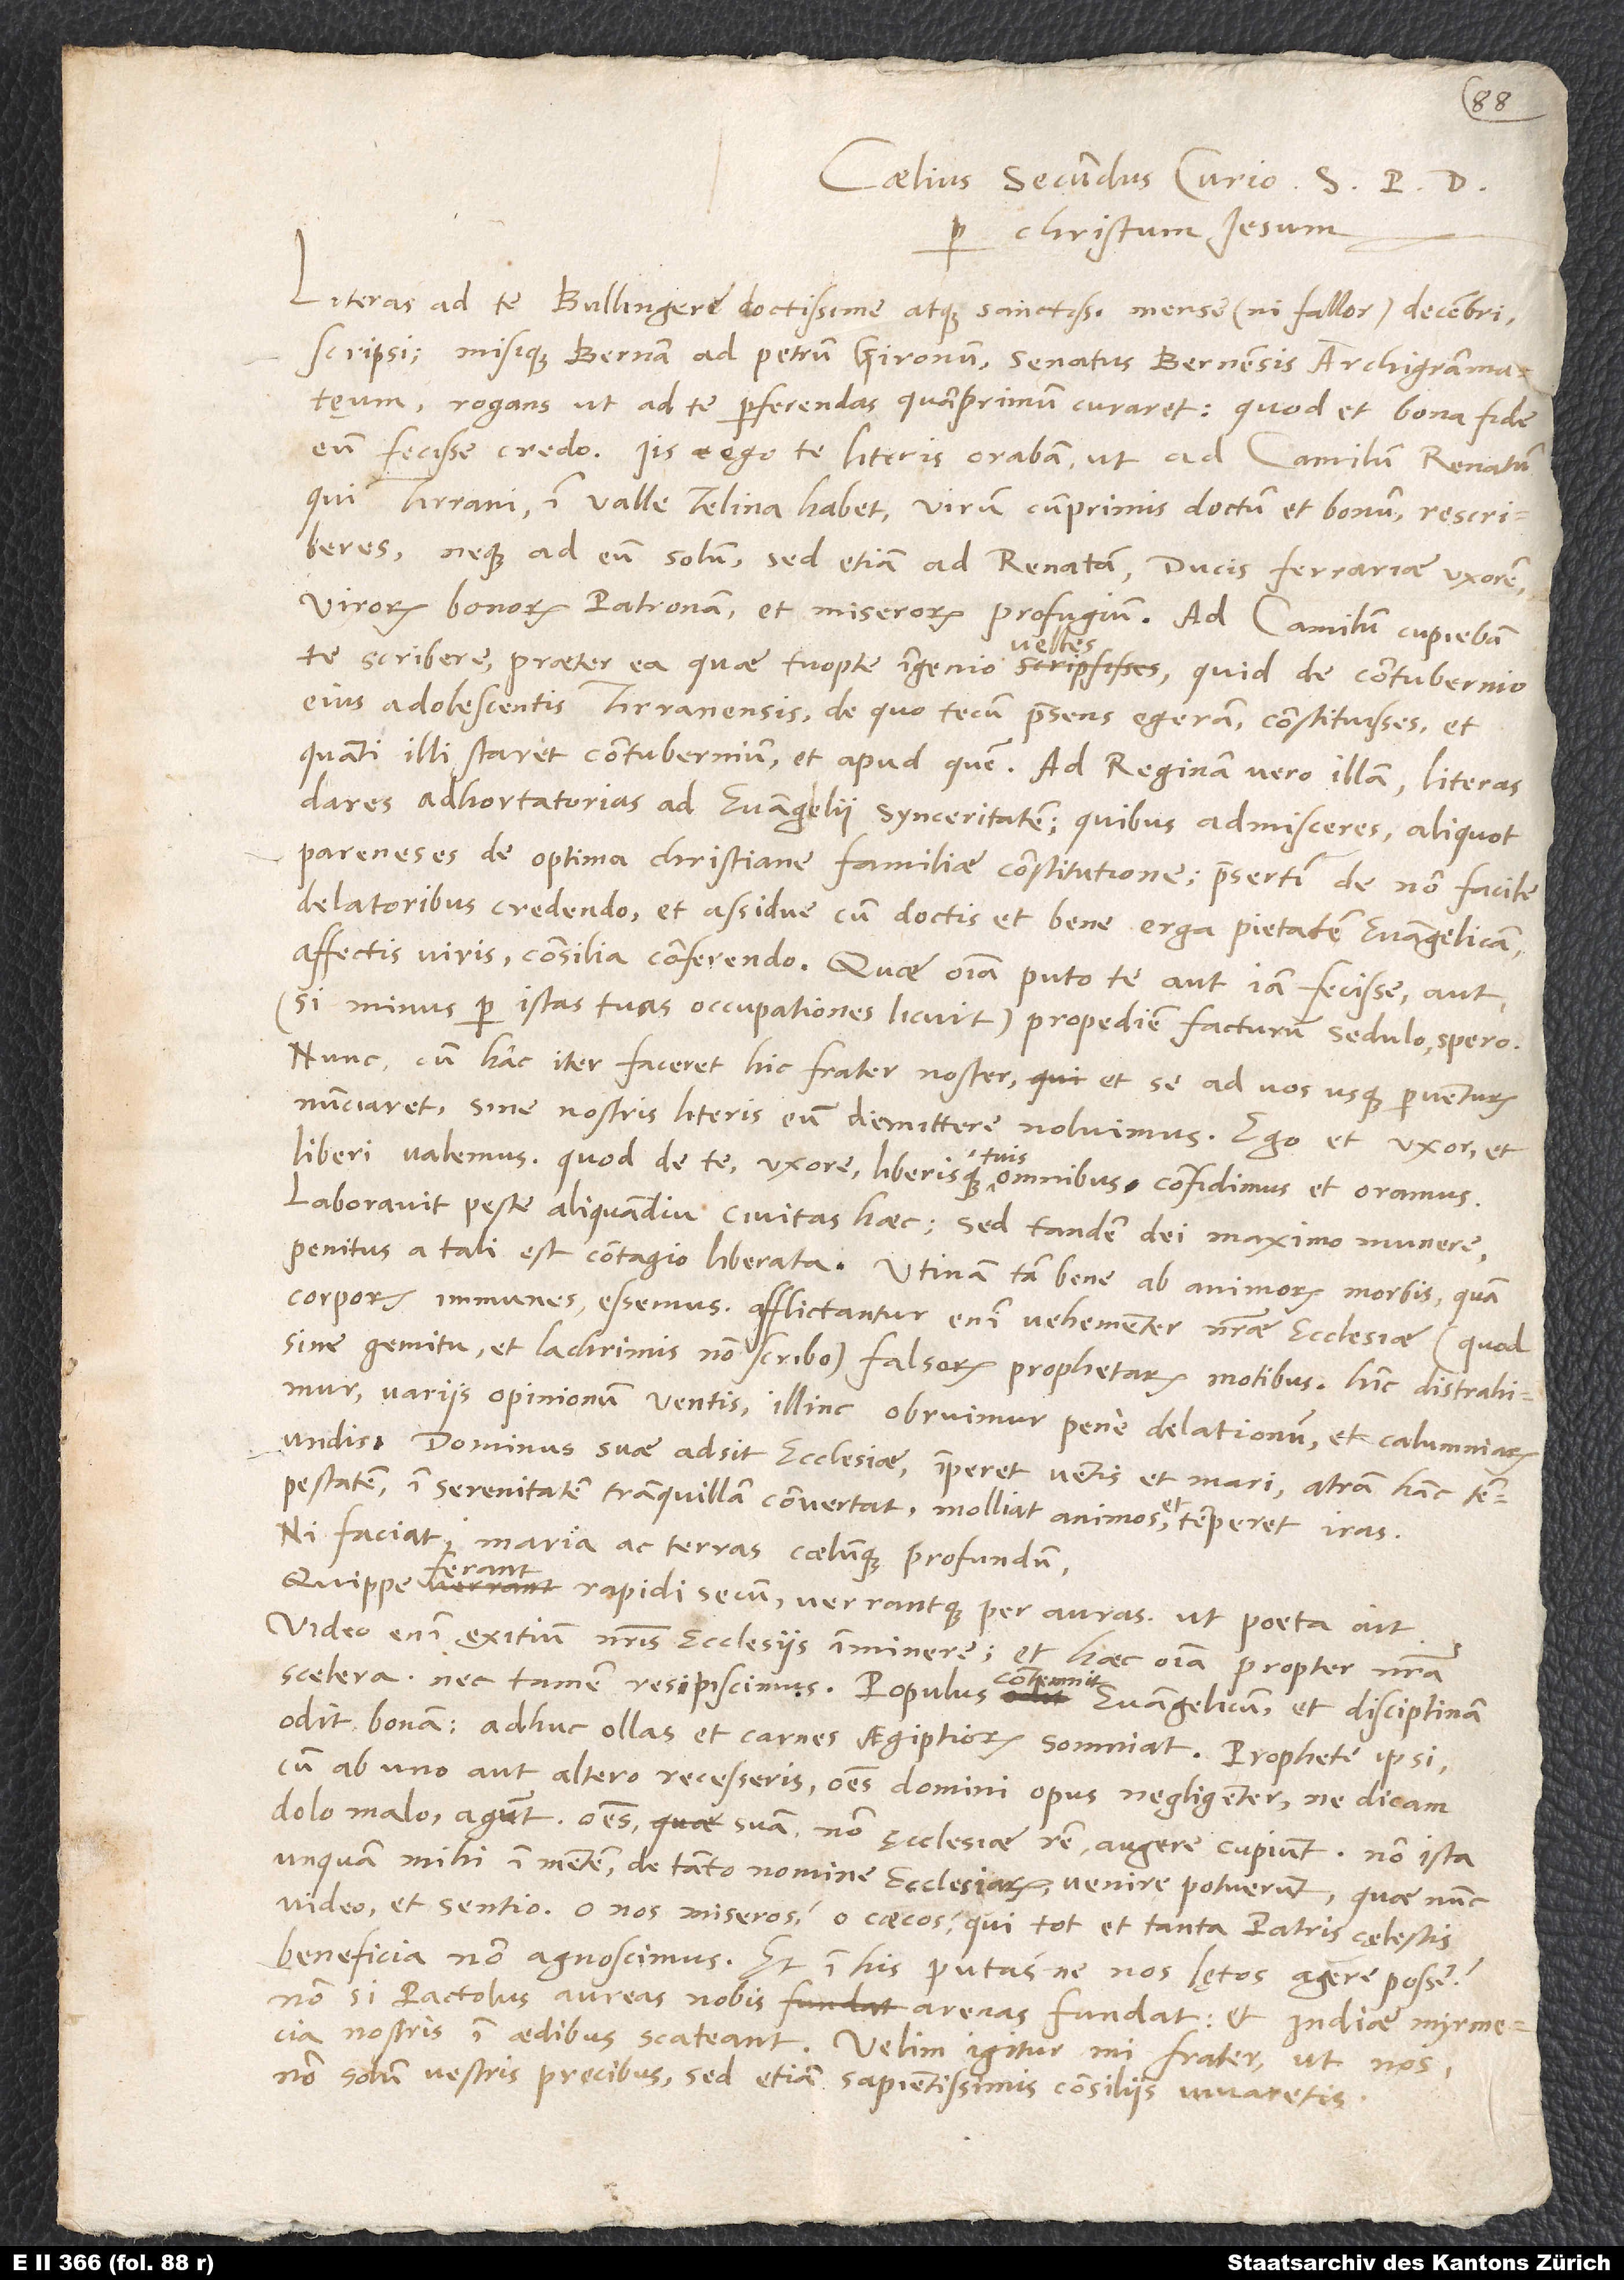
Coelius Secundus Curio s
Literas ad te, Bullingere doctissime atque sanctissime, mense (ni fallor) decembri
scripsi misique Bernam ad Petrum Gironum, senatus Bernensis archigrammateum,
rogans, ut ad te perferendas quamprimum curaret, quod et bona fide
eum fecisse credo. Iis ego te literis orabam, ut ad Camilum Renatum,
qui Tirrani in Valle Telina habet, virum cumprimis doctum et bonum, rescriberes
neque ad eum solum, sed etiam ad Renatam, ducis Ferrariae uxorem,
virorum bonorum patronam et miserorum profugium. Ad Camilum cupiebam
te scribere praeter ea, quae tuopte ingenio velles, quid de contubernio
eius adolescentis Tirranensis, de quo tecum praesens egeram, constituisses et
quanti illi staret contubernium et apud quem. Ad reginam vero illam literas
dares adhortatorias ad evangelii synceritatem, quibus admisceres aliquot
pareneses de optima christiane familiae constitutione, praesertim de non facile
delatoribus credendo et assidue cum doctis et bene erga pietatem evangelicam
affectis viris consilia conferendo. Quae omnia puto te aut iam fecisse aut
(si minus per istas tuas occupationes licuit) propediem facturum sedulo spero.
Nunc, cum hac iter faceret hic frater noster et se ad vos usque perventurum
nunciaret, sine nostris literis eum dimittere noluimus. Ego et uxor et
liberi valemus, quod de te, uxore liberisque tuis omnibus confidimus et oramus.
Laboravit peste aliquamdiu civitas haec, sed tandem dei maximo munere
penitus a tali est contagio liberata. Utinam tam bene ab animorum morbis quam
corporis immunes essemus! Afflictantur enim vehementer nostrae ecclesiae (quod
sine gemitu et lachrimis non scribo) falsorum prophetarum motibus; hinc distrahimur
variis opinionum ventis, illinc obruimur pene delationum et calumniarum
undis. Dominus suae adsit ecclesiae, imperet ventis et mari, atram hanc
tempestatem in serenitatem tranquillam convertat, molliat animos et temperet iras.
„Ni faciat maria ac terras caelumque profundum
ferant
rapidi secum verrantque per auras“, ut poeta ait.
Video enim exitium nostris ecclesiis imminere et haec omnia propter nostra
scelera, nec tamen resipiscimus. Populus contemnit evangelicum et disciplinam
odit bonam, adhuc ollas et carnes Aegiptiorum somniat. Prophete ipsi,
cum ab uno aut altero recesseris, omnes domini opus negligenter, ne dicam
dolo malo, agunt, omnes suam, non ecclesiae rem augere cupiunt. Non ista
unquam mihi in mentem de tanto nomine ecclesiarum venire potuerunt, quae nunc
video et sentio. O nos miseros, o caecos, qui tot et tanta patris coelestis
beneficia non agnoscimus! Et in his putas ne nos lętos agere posse?
Non, si Pactolus aureas nobis arenas fundat et Indiae myrmecia
nostris in aedibus scateant. Velim igitur, mi frater, ut nos
non solum vestris precibus, sed etiam sapientissimis consiliis iuvaretis.